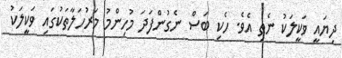
ދިޔައީ ވަކީލަކު ނެތި އެވެ. ހެކި ބަސް ނެގުންފަދަ މުހިންމު މަރުހަލާތަކުގައި ވަކީލަކު